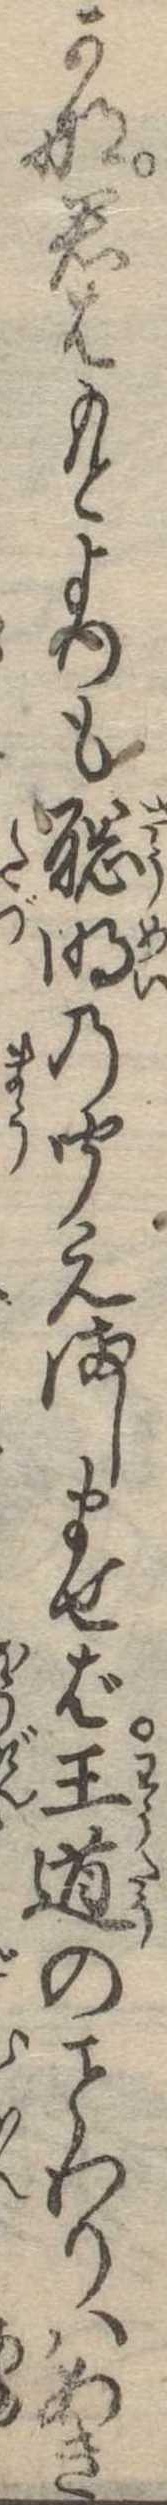
かな君はもとよりも聡明の聞えましませば王道のわりはあき